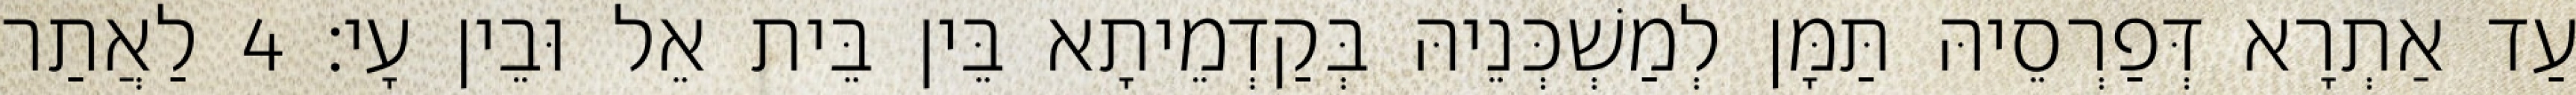
עַד אַתְרָא דְּפַרְסֵיהּ תַּמָּן לְמַשְׁכְּנֵיהּ בְּקַדְמֵיתָא בֵּין בֵּית אֵל וּבֵין עָי׃ 4 לַאֲתַר